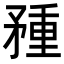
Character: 𥍽